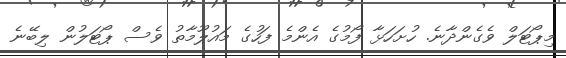
މިޕޯޓަލް ވެގެންދާނެ. ހުށަހަޅާ ފޯމުގެ އެންމެ ފަހުގެ މައުލޫމާތު ވެސް ޕޯޓަލުން ލިބޭނެ